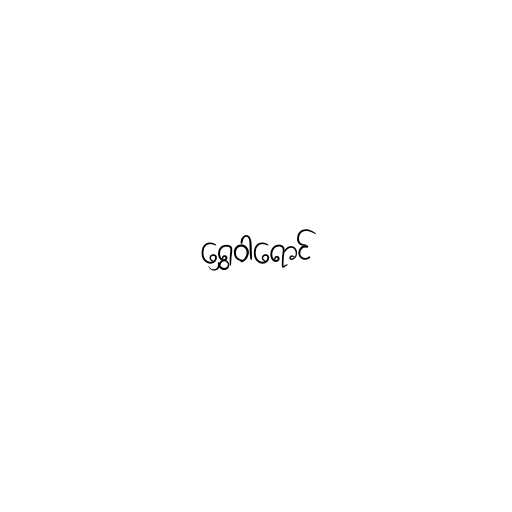
ရွှေဝါရောင်